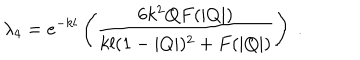
\lambda _ { 4 } = e ^ { - k l } \left( \frac { 6 k ^ { 2 } Q F ( | Q | ) } { k l ( 1 - | Q | ) ^ { 2 } + F ( | Q | ) } \right) \; .